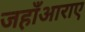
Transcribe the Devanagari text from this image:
जहाँआराए